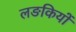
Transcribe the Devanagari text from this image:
लङकियों